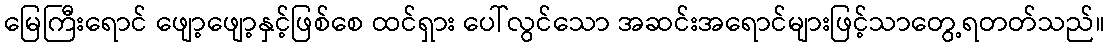
မြေကြီးရောင် ဖျော့ဖျော့နှင့်ဖြစ်စေ ထင်ရှား ပေါ်လွင်သော အဆင်းအရောင်များဖြင့်သာတွေ့ရတတ်သည်။